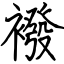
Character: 襏